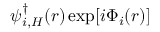
\psi _ { i , H } ^ { \dagger } ( \boldsymbol { r } ) \exp [ i \Phi _ { i } ( \boldsymbol { r } ) ]